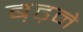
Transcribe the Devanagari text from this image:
ब़ढ़ने